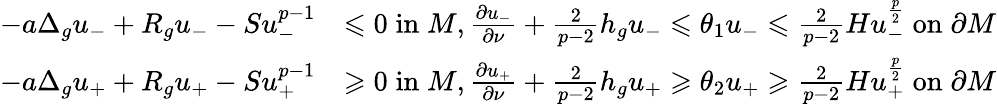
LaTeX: \begin{array}{rl}{-a\Delta_{g}u_{-}+R_{g}u_{-}-Su_{-}^{p-1}}&{\leqslant 0\; \mathrm{in}\; M,\frac{\partial u_{-}}{\partial\nu}+\frac{2}{p-2}h_{g}u_{-}\leqslant\theta_{1}u_{-}\leqslant\frac{2}{p-2}Hu_{-}^{\frac{p}{2}}\; \mathrm{on}\; \partial M}\\ {-a\Delta_{g}u_{+}+R_{g}u_{+}-Su_{+}^{p-1}}&{\geqslant 0\; \mathrm{in}\; M,\frac{\partial u_{+}}{\partial\nu}+\frac{2}{p-2}h_{g}u_{+}\geqslant\theta_{2}u_{+}\geqslant\frac{2}{p-2}Hu_{+}^{\frac{p}{2}}\; \mathrm{on}\; \partial M}\end{array}